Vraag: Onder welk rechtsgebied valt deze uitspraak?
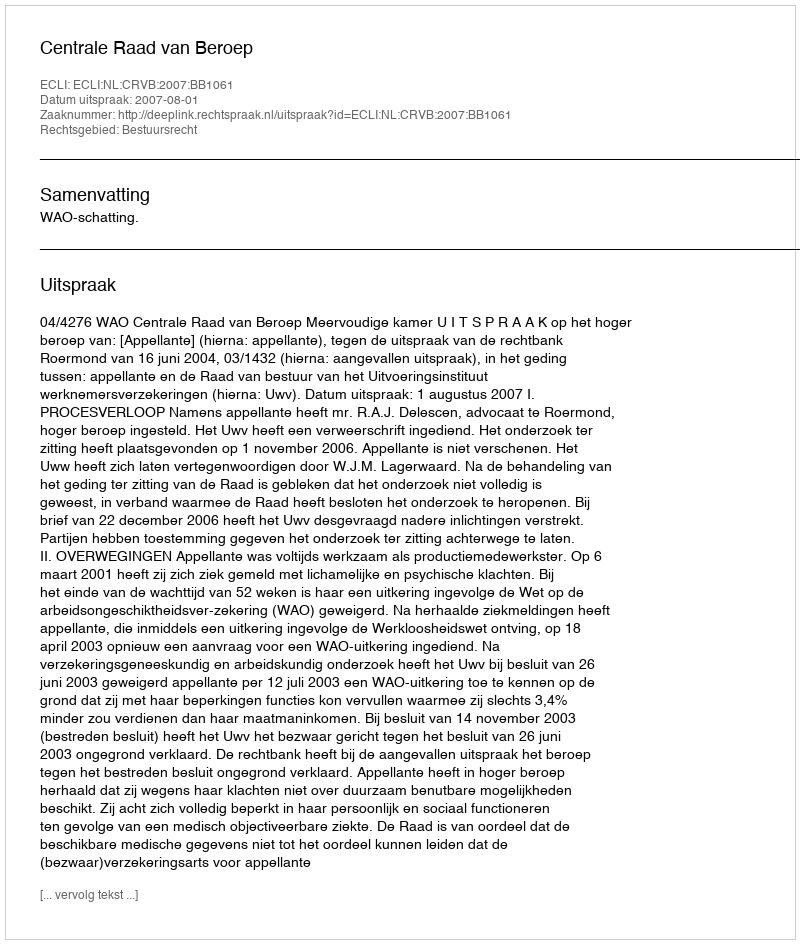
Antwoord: Bestuursrecht